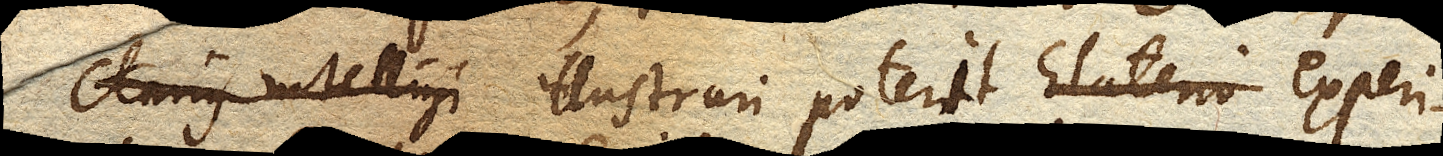
clarius intelligi illustrari poterit experi–